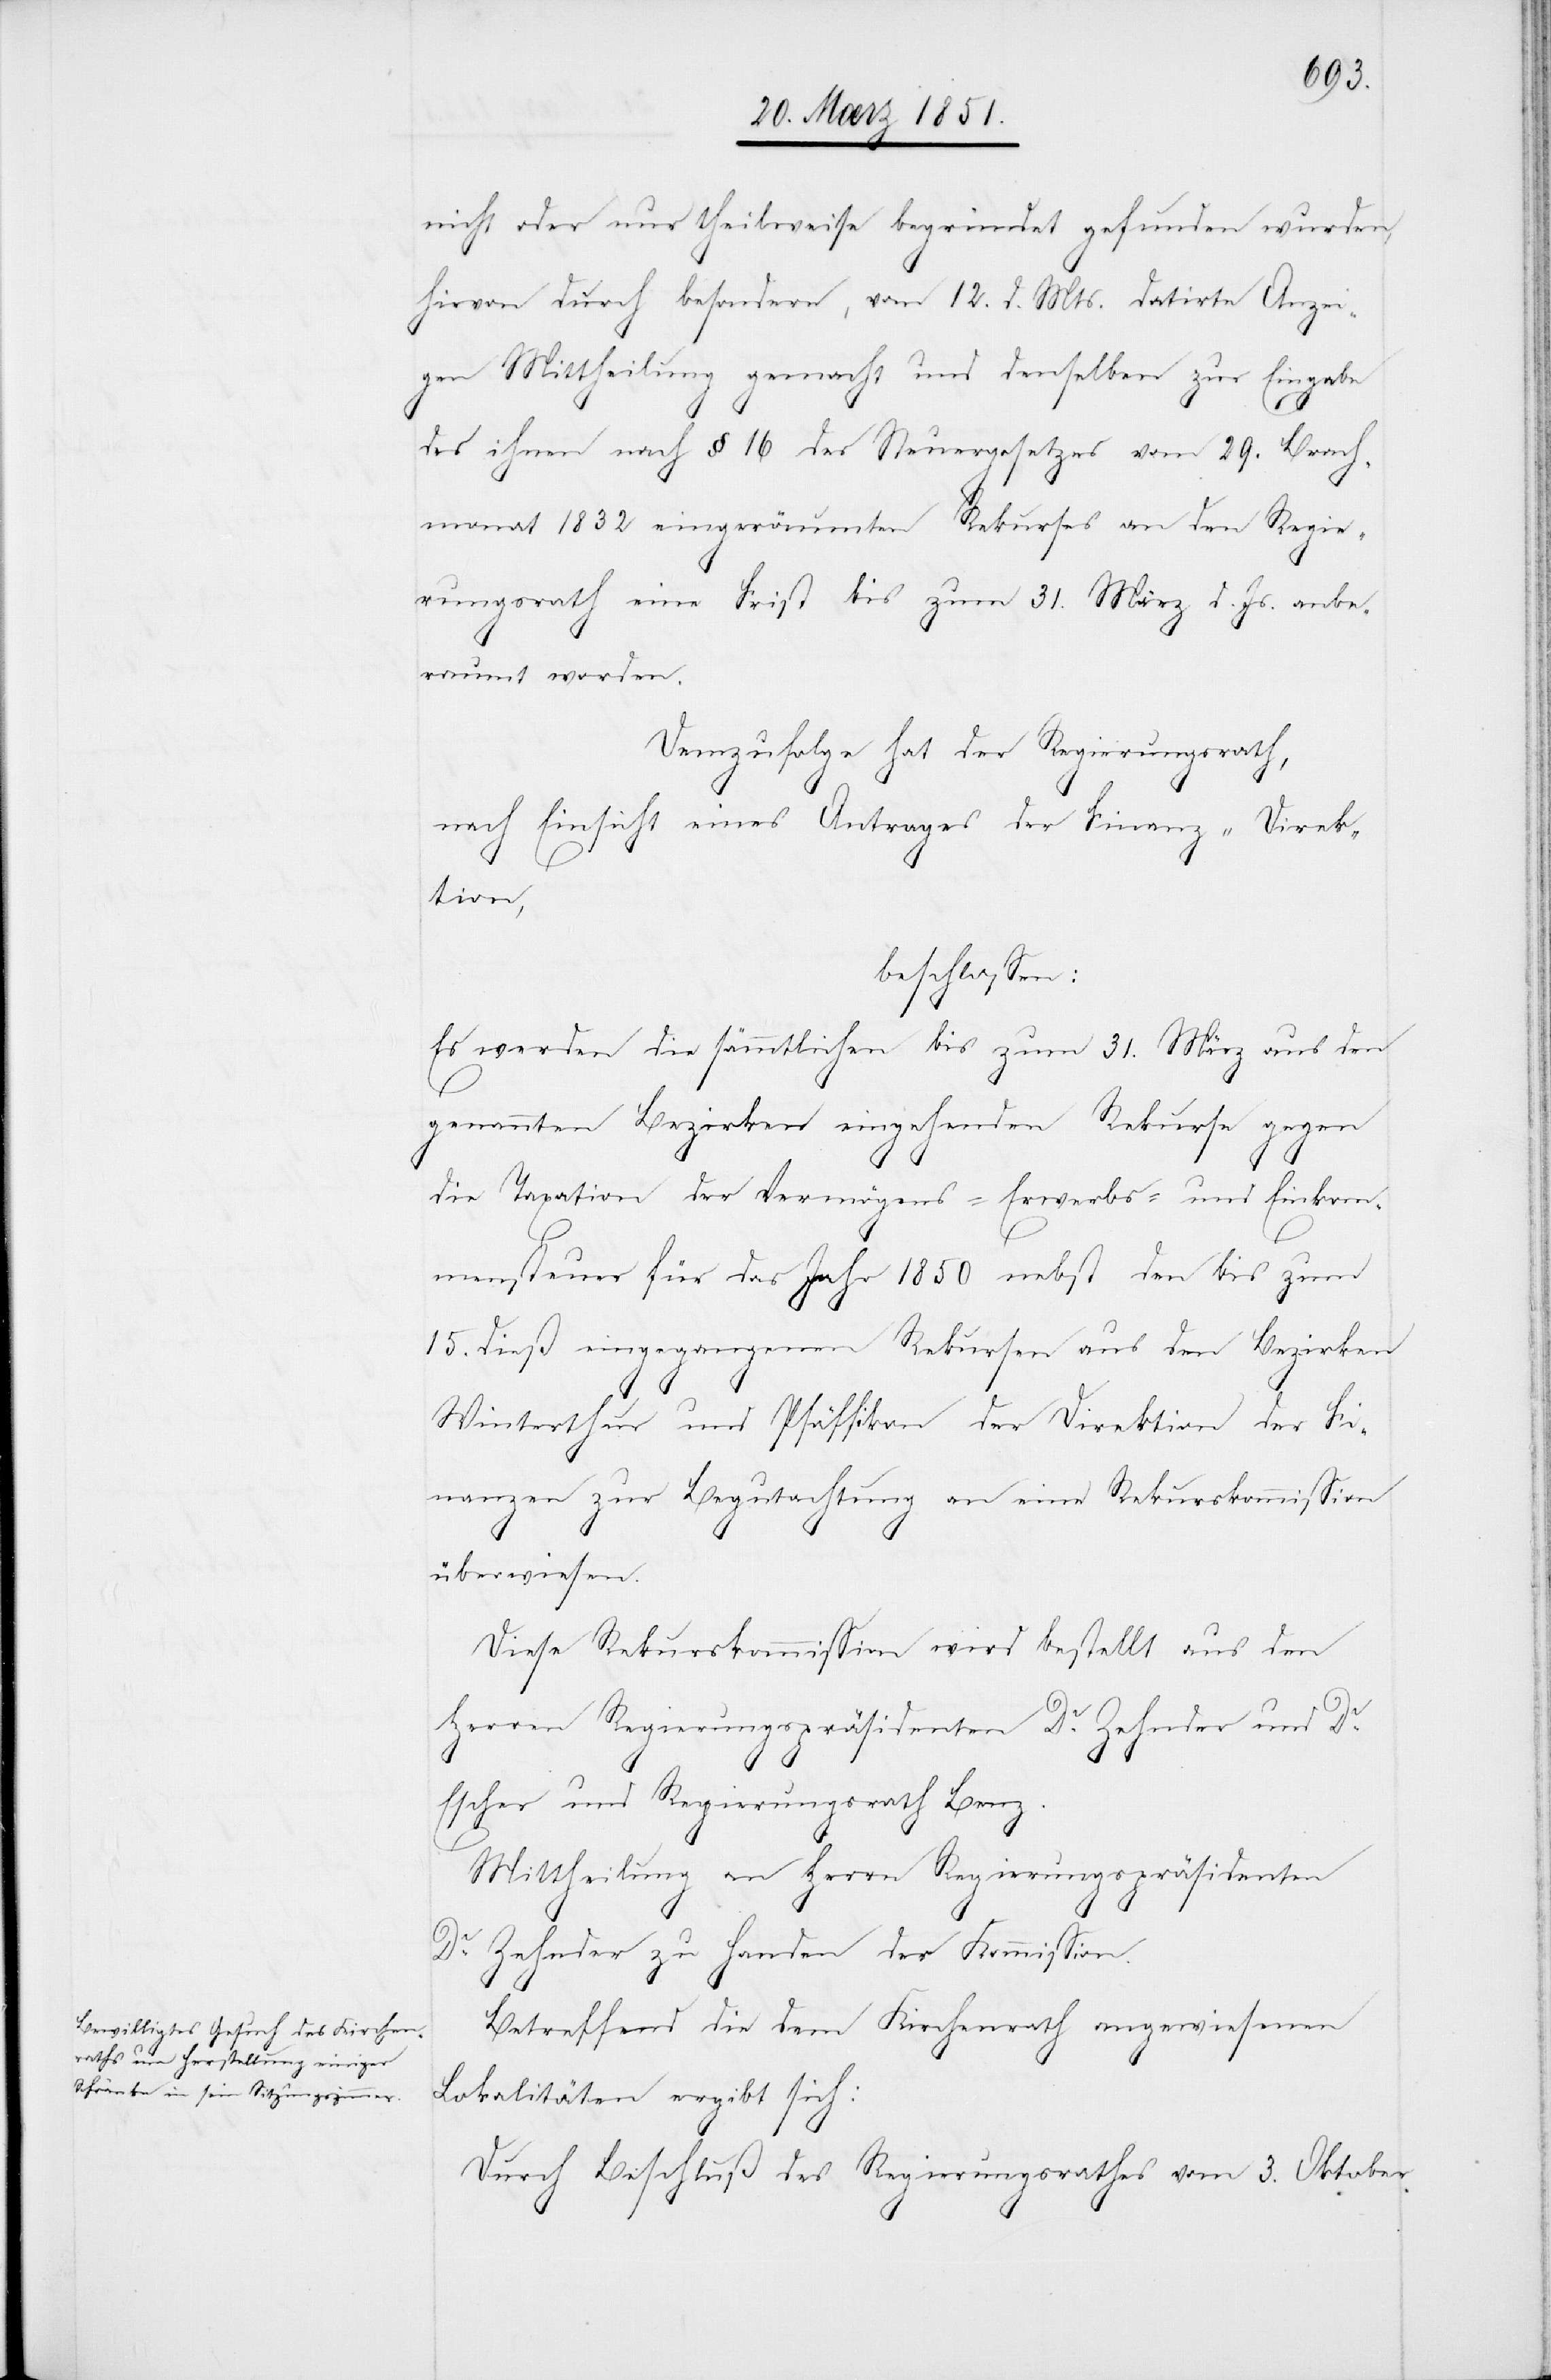
nicht oder nur theilweise begründet gefunden wurden,
hievon durch besondere, vom 12. d. Mts. datirte Anzei¬
gen Mittheilung gemacht und denselben zur Eingabe
des ihnen nach § 16 des Steuergesetzes vom 29. Brach¬
monat 1832 eingeräumten Rekurses an den Regie¬
rungsrath eine Frist bis zum 31. März d. Js. anbe¬
raumt worden.
Demzufolge hat der Regierungsrath,
nach Einsicht eines Antrages der Finanz-Direk¬
tion,
beschlossen:
Es werden die sämmtlichen bis zum 31. März aus den
genannten Bezirken eingehenden Rekurse gegen
die Taxation der Vermögens-[,] Erwerbs- und Einkom¬
mensteuer für das Jahr 1850 nebst den bis zum
15. dieß eingegangenen Rekursen aus den Bezirken
Winterthur und Pfäffikon der Direktion der Fi¬
nanzen zur Begutachtung an eine Rekurskommission
überwiesen.
Diese Rekurskommission wird bestellt aus den
Herren Regierungspräsidenten Dr. Zehnder und Dr.
Escher und Regierungsrath Benz.
Mittheilung an Herrn Regierungspräsidenten
Dr. Zehnder zu Handen der Kommission.
Betreffend die dem Kirchenrath angewiesenen
Lokalitäten ergibt sich:
Durch Beschluß des Regierungsrathes vom 3. Oktober